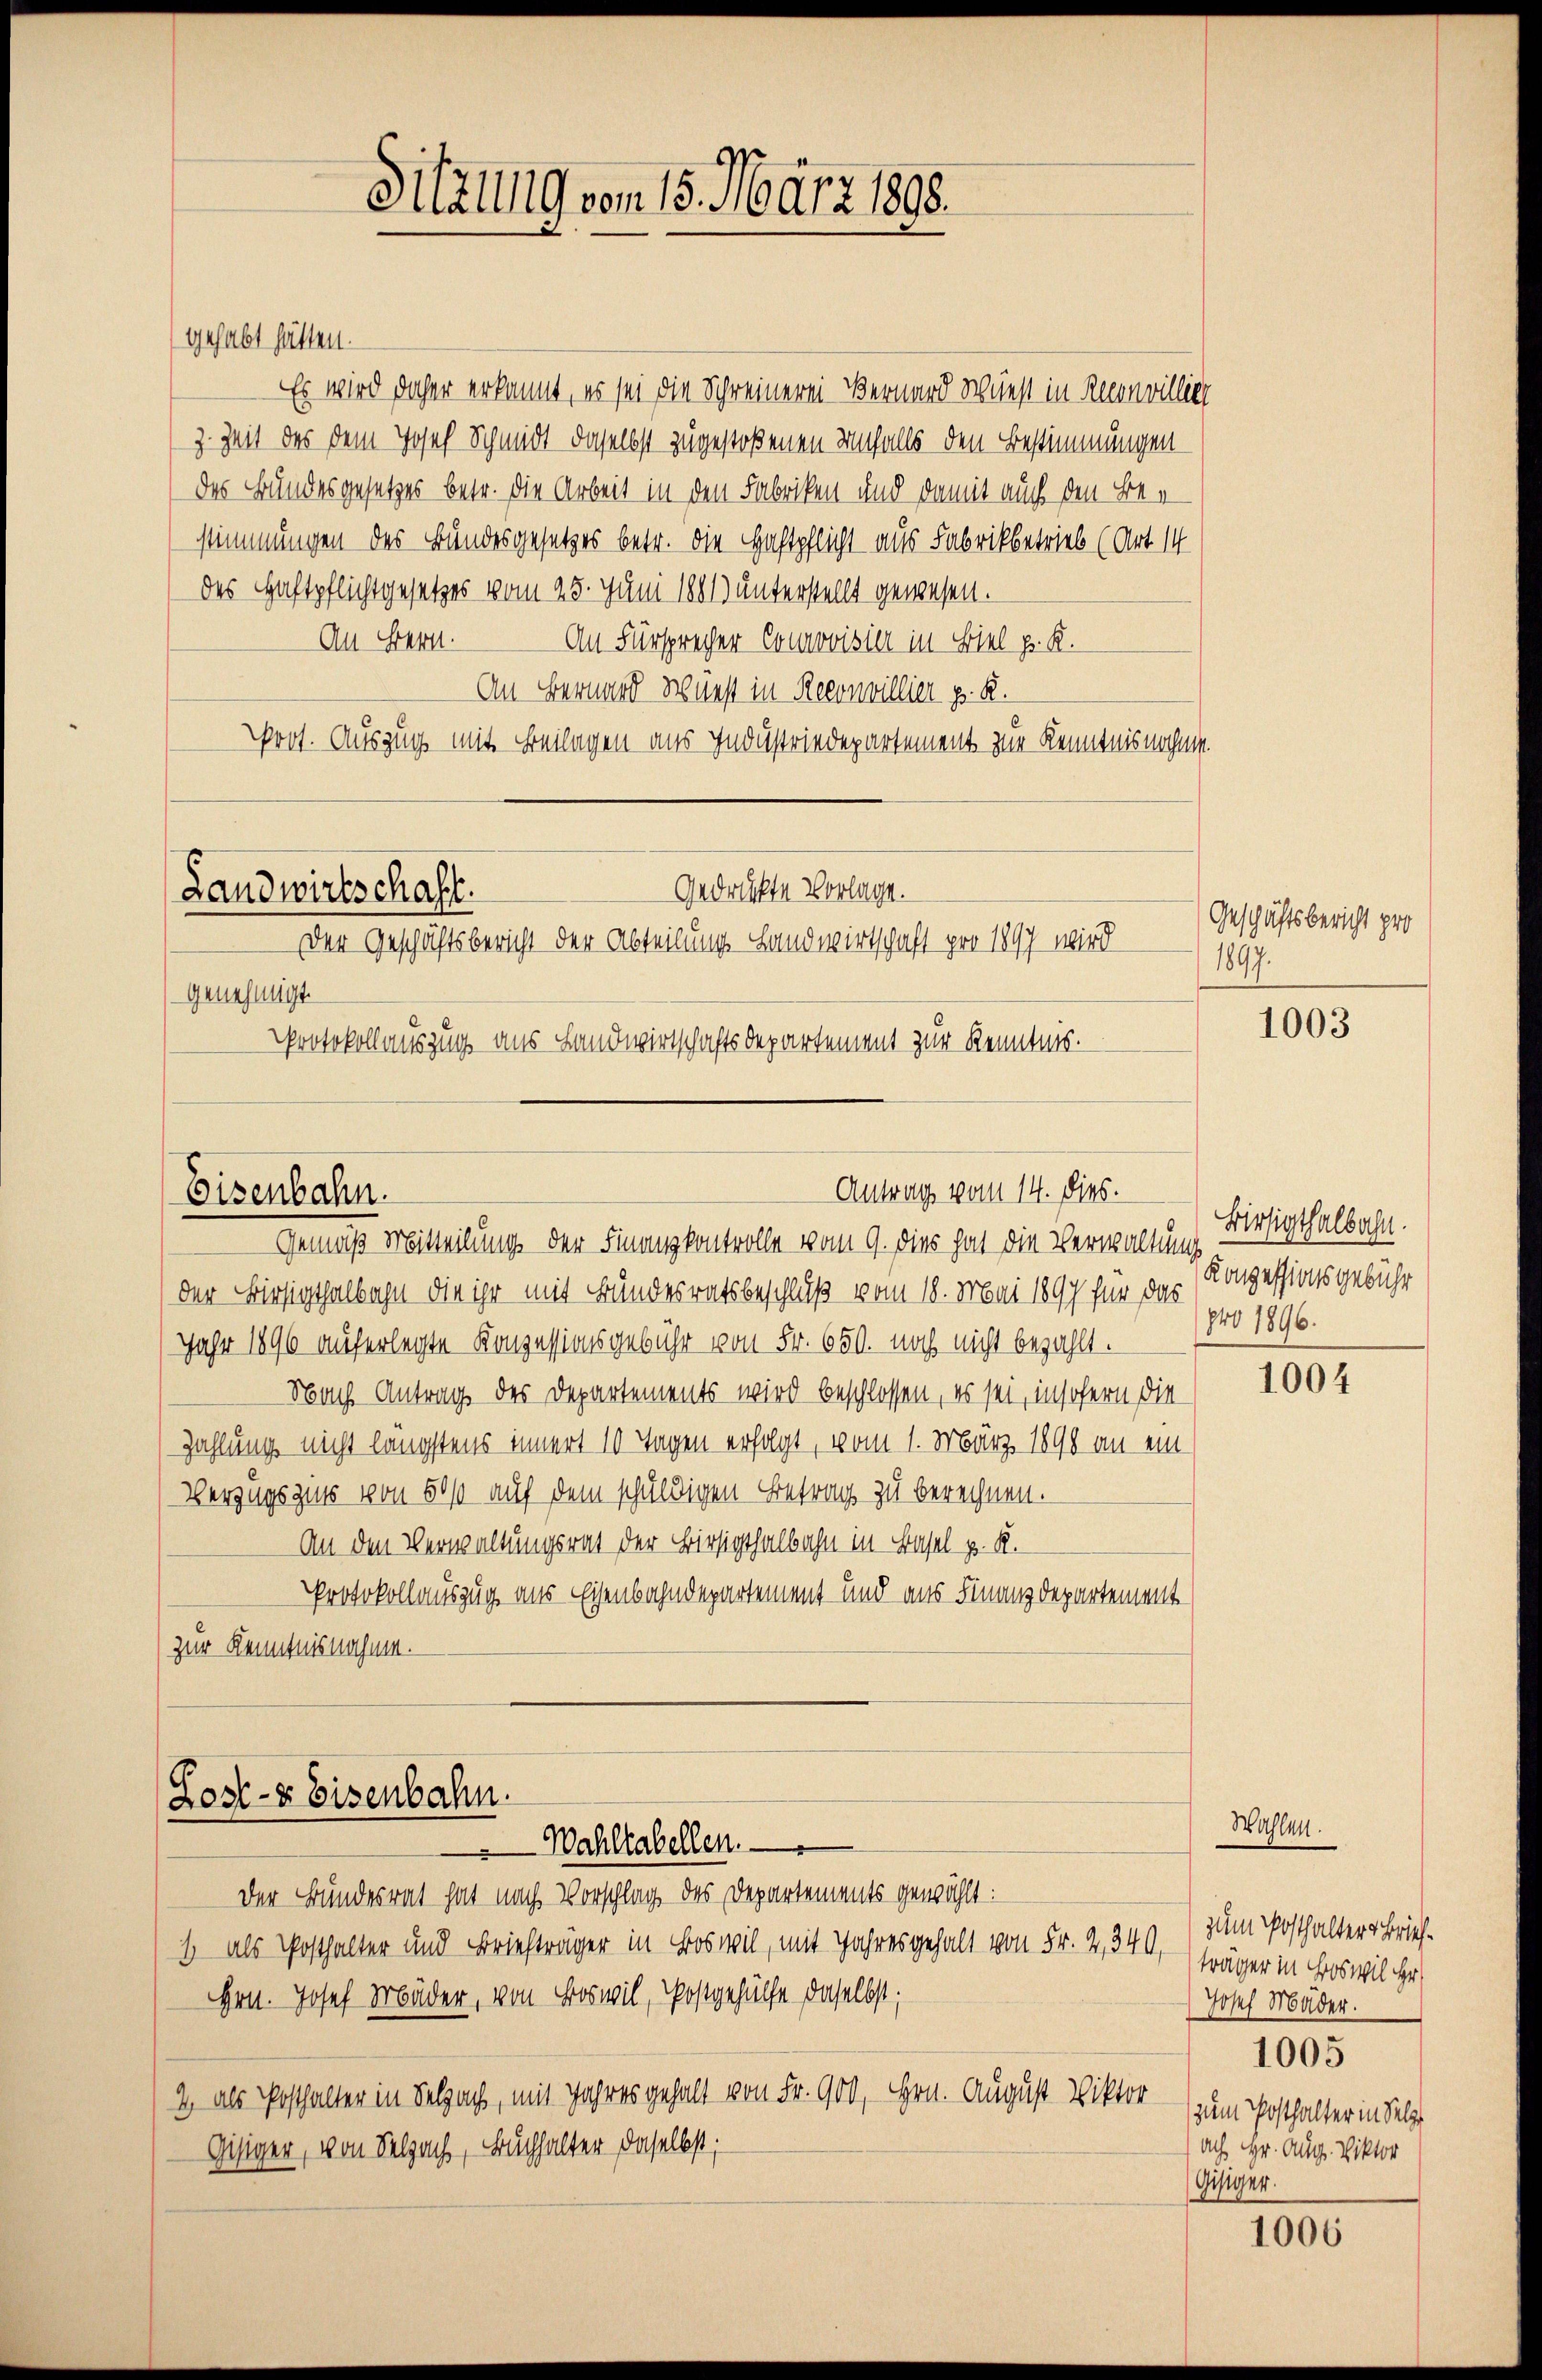
gehabt hätten.
Es wird daher erkannt, es sei die Schreinerei Bernard Wüest in Recenvillier
z. Zeit des dem Josef Schmidt daselbst zugestoßenen Unfalls den Bestimmungen
des Bundesgesetzes betr. die Arbeit in den Fabriken und damit auch den Bestimmungen des Bundesgesetzes betr. die Haftpflicht aus Fabrikbetrieb (Art. 14
des Haftpflichtgesetzes vom 25. Juni 1881) unterstellt gewesen.
An Bern.
An Fürsprecher Courovisier in Biel p. K.
An Bernard Wurst in Reconvillier p. R.
Prot. Auszug mit Beilagen aus Industriedepartement zur Kenntnisnahmen.

Gedrückte Vorlage.
Landwirtschaft.
Der Geschäftsbericht der Abteilung Landwirtschaft pro 1897 wird
Genehmigt.

Eisenbahn.

Sitzung von 15. März 1898.

Protokollauszug aus Landwirtschaftsdepartement zur Kenntnis.

Antrag vom 14. dies.

Gemäß Mitteilung der Finanzkontrolle vom 9. dies hat die Verwaltung
der Bierigthalbahn die ihr mit Bundesratsbeschluß vom 18. Mai 1897 für das
Jahr 1896 auferlegte Konzessionsgebühr von Fr. 650. noch nicht bezahlt.
Nach Antrag des Departements wird beschlossen, es sei, insofern die
Zahlung nicht längstens innert 10 Tagen erfolgt, vom 1. März 1890 an ein
Verzugsguts von 500 auf dem schuldigen Betrag zu berechnen.
An den Verwaltungsrat der Birsigthalbahn in Basel u. R.
Protokollauszug aus Eisenbahndepartement und aus Finanzdepartement
zur Kenntnisnahme.

Lost- & Eisenbahn.
Wahltabellen.

Der Bundesrat hat nach Vorschlag des Departements gewählt:
1 als Posthalter und Briefträger in Boswil, mit Jahres gehalt von Fr. 2,340
HHrn. Josef Mäder, von Boswil, Postgehülfe daselbst;
2 als Posthalter in Selzach, mit Jahres gehalt von Fr. 900, Hrn. August Viktor
Gisiger, von Selzach, Buchhalter daselbst;

Geschäftsbericht pro
1897.

Wahlen.

1003

Birsigthalbahn.
Konzessionsgebühr
pro 1896.

1004

zum Posthalter Briefs
träger in Boswil Her
Josef Mäder.
1005
zum Posthalter in Selz
ach Hr. Aug. Viktor
Gisiger.

1006